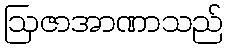
ဩဇာအာဏာသည်